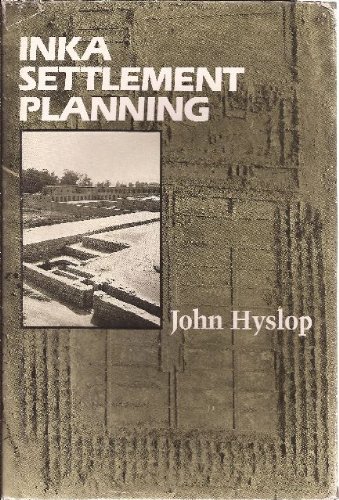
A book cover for Inka Settlement Planning; John Hyslop; History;